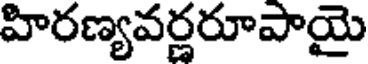
హిరణ్యవర్ణరూపాయై